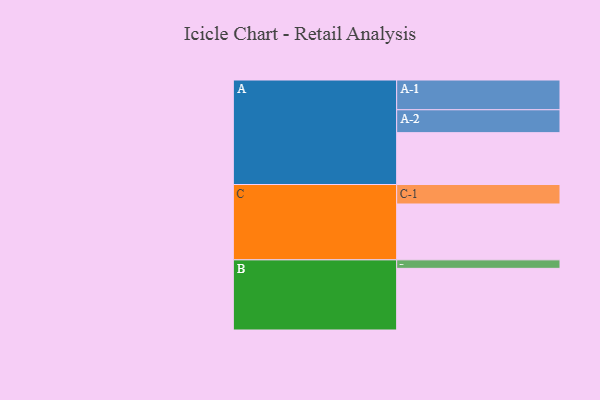
{"axis": {"x": "Segment", "y": "Value"}, "legend": ["", "A", "B", "C"], "data": [{"x": "A", "y": 439, "type": ""}, {"x": "B", "y": 522, "type": ""}, {"x": "C", "y": 473, "type": ""}, {"x": "A-1", "y": 252, "type": "A"}, {"x": "A-2", "y": 194, "type": "A"}, {"x": "B-1", "y": 72, "type": "B"}, {"x": "C-1", "y": 165, "type": "C"}]}